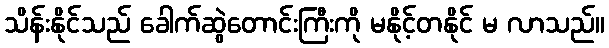
သိန်းနိုင်သည် ခေါက်ဆွဲတောင်းကြီးကို မနိုင့်တနိုင် မ လာသည်။